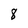
Character: 8